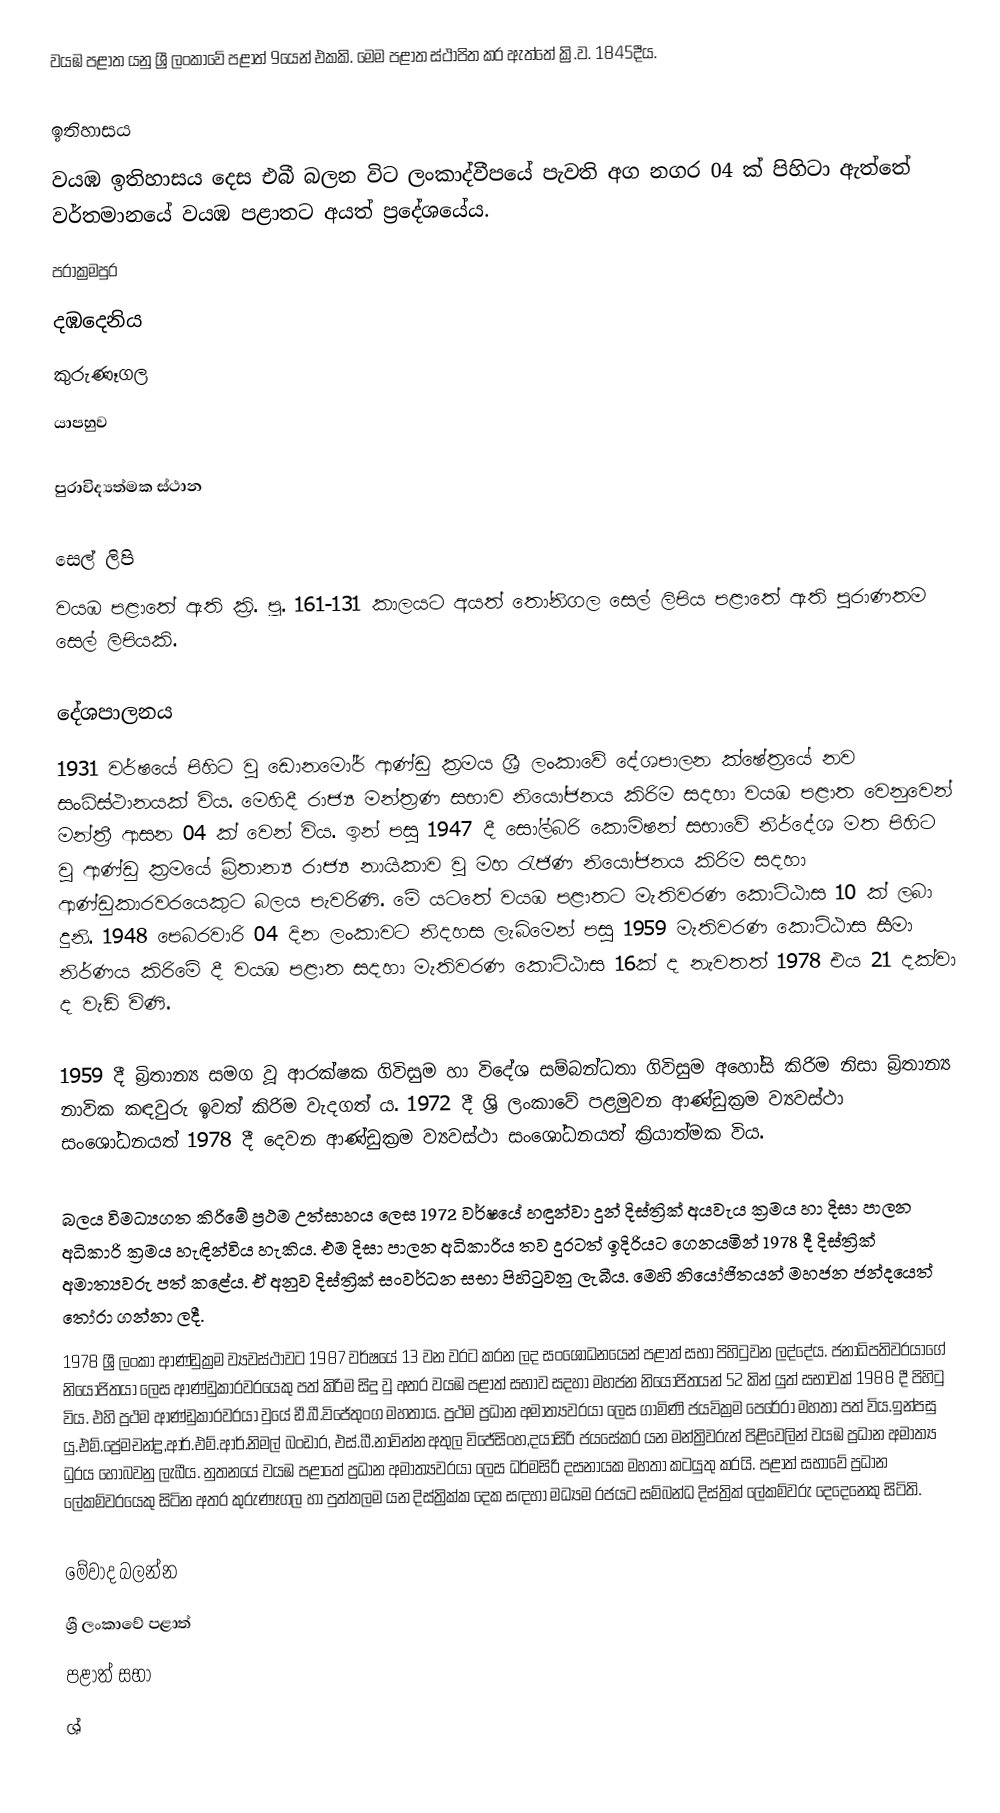
වයඹ පළාත යනු ශ්‍රී ලංකාවේ  පළාත් 9යෙන් එකකි. මෙම පළාත ස්ථාපිත කර ඇත්තේ ක්‍රි.ව. 1845දීය.

ඉතිහාසය
වයඹ ඉතිහාසය දෙස එබී බලන විට ලංකාද්වීපයේ පැවති අග නගර  04 ක්  පිහිටා ඇත්තේ වර්තමානයේ වයඹ පළාත‍ට අයත් ප්‍රදේශයේය.
 පරාක්‍රමපුර
 දඹදෙනිය
 කුරුණෑගල                                          
 යාපහුව

පුරාවිද්‍යත්මක ස්ථාන

සෙල් ලිපි
වයඹ පළාතේ ඇති ක්‍රි. පූ. 161-131 කාලයට අයත් තෝනිගල සෙල් ලිපිය පළාතේ ඇති පුරාණතම සෙල් ලිපියකි.

දේශපාලනය
1931 වර්ෂයේ පිහිට වු ඩොනමෝර් ආණ්ඩු ක්‍රමය ශ්‍රී ලංකාවේ දේශපාලන ක්ෂේත්‍රයේ නව සංධිස්ථානයක් විය. මෙහිදී රාජ්‍ය මන්ත්‍රණ සභාව නියෝජනය කිරිම සදහා වයඹ පළාත වෙනුවෙන් මන්ත්‍රී ආසන 04 ක් වෙන් විය. ඉන් පසු 1947 දී සෝල්බරි කොමිෂන් සභාවේ නිර්දේශ මත පිහිට වු ආණ්ඩු ක්‍රමයේ බ්‍රිතාන්‍ය රාජ්‍ය නායිකාව වු මහ රැජිණ නියෝජනය කිරිම සදහා ආණ්ඩුකාරවරයෙකුට බලය පැවරිණි. මේ යටතේ වයඹ පළාතට මැතිවරණ කොට්ඨාස 10 ක් ලබා දුනි. 1948 පෙබරවාරි 04 දින ලංකාවට නිදහස ලැබිමෙන් පසු 1959 මැතිවරණ කොට්ඨාස සීමා නිර්ණය කිරිමේ දී වයඹ පළාත සදහා මැතිවරණ කොට්ඨාස 16ක් ද නැවතත් 1978 එය 21 දක්වා ද වැඩි විණි.

1959 දී බ්‍රිතාන්‍ය සමග වූ ආරක්ෂක ගිවිසුම හා විදේශ සම්බන්ධතා ගිවිසුම අහෝසි කිරිම නිසා බ්‍රිතාන්‍ය නාවික කඳවුරු ඉවත් කිරිම වැදගත් ය. 1972 දී ශ්‍රි ලංකාවේ පළමුවන ආණ්ඩුක්‍රම ව්‍යවස්ථා සංශෝධනයත් 1978 දී දෙවන ආණ්ඩුක්‍රම ව්‍යවස්ථා සංශෝධනයත් ක්‍රියාත්මක විය.

බලය විමධ්‍යගත කිරිමේ ප්‍රථම උත්සාහය ලෙස 1972 වර්ෂයේ හඳුන්වා දුන් දිස්ත්‍රික් අයවැය ක්‍රමය හා දිසා පාලන අධිකාරි ක්‍රමය හැඳින්විය හැකිය. එම දිසා පාලන අධිකාරිය තව දුරටත් ඉදිරියට ගෙනයමින් 1978 දී දිස්ත්‍රික් අමාත්‍යවරු පත් කළේය. ඒ අනුව දිස්ත්‍රික් සංවර්ධන සභා පිහිටුවනු ලැබීය. මෙහි නියෝජිතයන් මහජන ජන්දයෙත් තෝරා ගන්නා ලදී.
1978 ශ්‍රී ලංකා ආණ්ඩුක්‍රම ව්‍යවස්ථාවට 1987 වර්ෂයේ 13 වන වරට කරන ලද සංශෝධනයෙන් පළාත් සභා පිහිටුවන ලද්දේය. ජනාධිපතිවරයාගේ නියෝජිතයා ලෙස ආණ්ඩුකාරවරයෙකු පත් කිරිම සිදු වු අතර වයඹ පළාත් සභාව සදහා මහජන නියෝජිතයන් 52 කින් යුත් සභාවක් 1988 දී පිහිටු විය. එහි ප්‍රථම ආණ්ඩුකාරවරයා වුයේ ඩී.බී.විජේතුංග මහතාය. ප්‍රථම ප්‍රධාන අමාත්‍යවරයා ලෙස ගාමිණි ජයවික්‍රම පෙරේරා මහතා පත් විය.ඉන්පසු යු.එම්.ප්‍රේමචන්ද්‍ර,ආර්.එම්.ආර්.නිමල් බංඩාර, එස්.බී.නාවින්න අතුල විජේසිංහ,දයාසිරි ජයසේකර යන මන්ත්‍රිවරුන් පිළිවෙලින් වයඹ ප්‍රධාන අමාත්‍ය ධුරය හොබවනු ලැබීය. නුතනයේ වයඹ පළාතේ ප්‍රධාන අමාත්‍යවරයා ලෙස ධර්මසිරි දසනායක මහතා කටයුතු කරයි. පළාත් සභාවේ ප්‍රධාන ලේකම්වරයෙකු සිටින අතර කුරුණෑගල හා පුත්තලම යන දිස්ත්‍රික්ක දෙක සඳහා මධ්‍යම රජයට සම්බන්ධ දිස්ත්‍රික් ලේකම්වරු දෙදෙනෙකු සිටිති.

මේවාද බලන්න
ශ්‍රී ලංකාවේ පළාත්
පළාත් සභා
ශ්